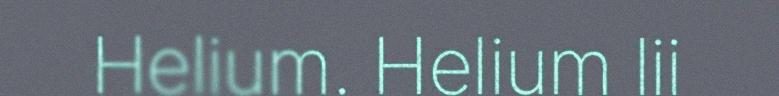
Helium. Helium lii